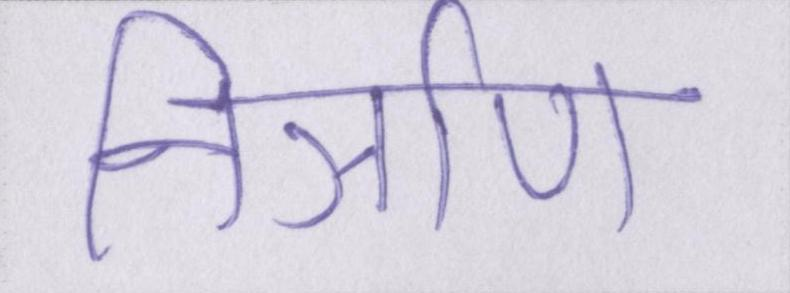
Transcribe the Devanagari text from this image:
निर्ञाण